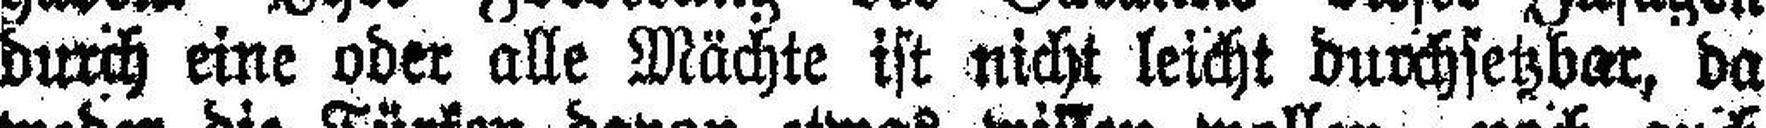
durch eine oder alle Mächte ist nicht leicht durchsetzber, da